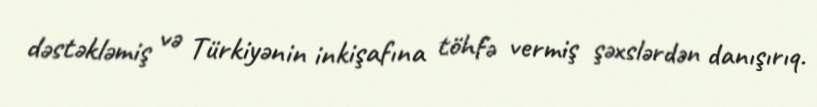
dəstəkləmiş və Türkiyənin inkişafına töhfə vermiş şəxslərdən danışırıq.